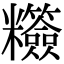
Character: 䊴